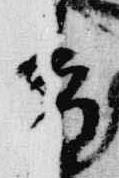
香